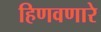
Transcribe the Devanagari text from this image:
हिणवणारे